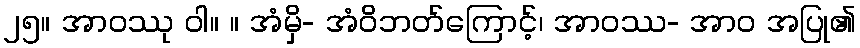
၂၅။ အာဝဿု ဝါ။ ။ အံမှိ- အံဝိဘတ်ကြောင့်၊ အာဝဿ- အာဝ အပြု၏